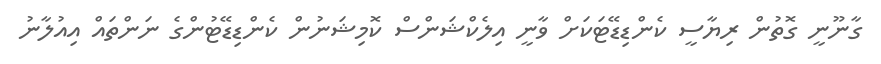
ގާނޫނީ ގޮތުން ރިޔާސީ ކެންޑިޑޭޓަކަށް ވާނީ އިލެކްޝަންސް ކޮމިޝަނުން ކެންޑިޑޭޓުންގެ ނަންތައް އިއުލާނު